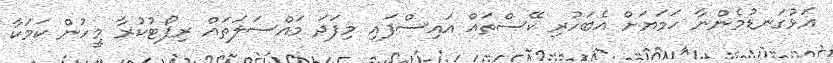
އަޅުގަނޑުމެންނާ ހަމަޔަށް އެބަހުރި ކޭސްތައް އައިސްފައި މިފަދަ މައްސަލަތައް ރިޕޯޓުކުރާ މީހުން ކަމަކާ